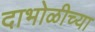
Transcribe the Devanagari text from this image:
दाभोळीच्या